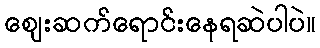
ဈေးဆက်ရောင်းနေရဆဲပါပဲ။